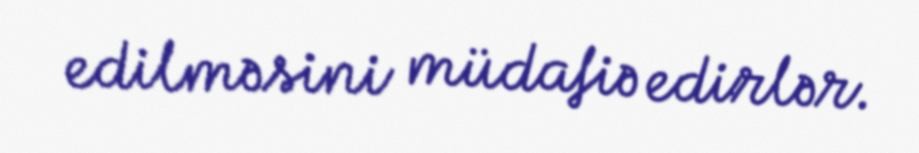
edilməsini müdafiə edirlər.